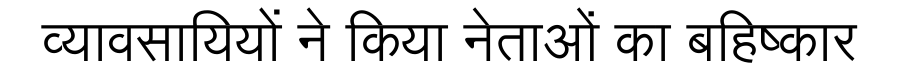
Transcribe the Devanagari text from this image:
व्यावसायियों ने किया नेताओं का बहिष्कार